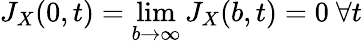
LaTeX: J_{X}(0,t)=\operatorname*{lim}_{b\rightarrow\infty}J_{X}(b,t)=0\ \forall t